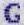
G